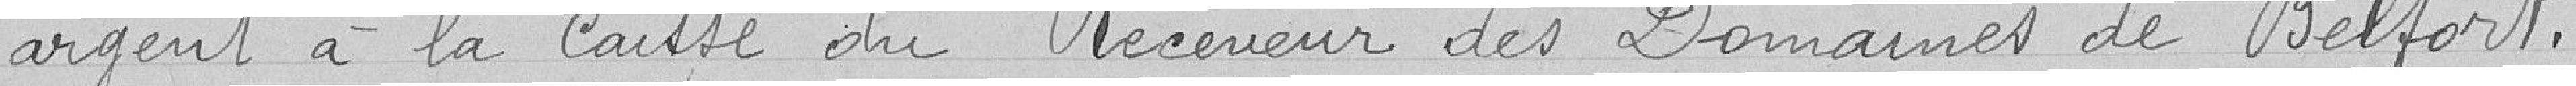
argent à la caisse du receveur des Domaines de Belfort.